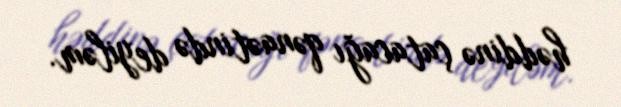
həddinə çatacağı qənaətində deyiləm.